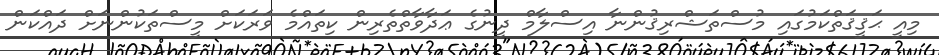
މިއީ ޙަޤީޤަތްކަމުގައި މުސްތަޝްރިޤުންނާ އިސްލާމް ދީނުގެ ޢަދާވާތްތެރިން ކިތައްމެ ވަރަކަށް މީސްތަކުންނަށް ދައްކަން